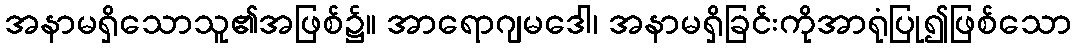
အနာမရှိသောသူ၏အဖြစ်၌။ အာရောဂျမဒေါ၊ အနာမရှိခြင်းကိုအာရုံပြု၍ဖြစ်သော